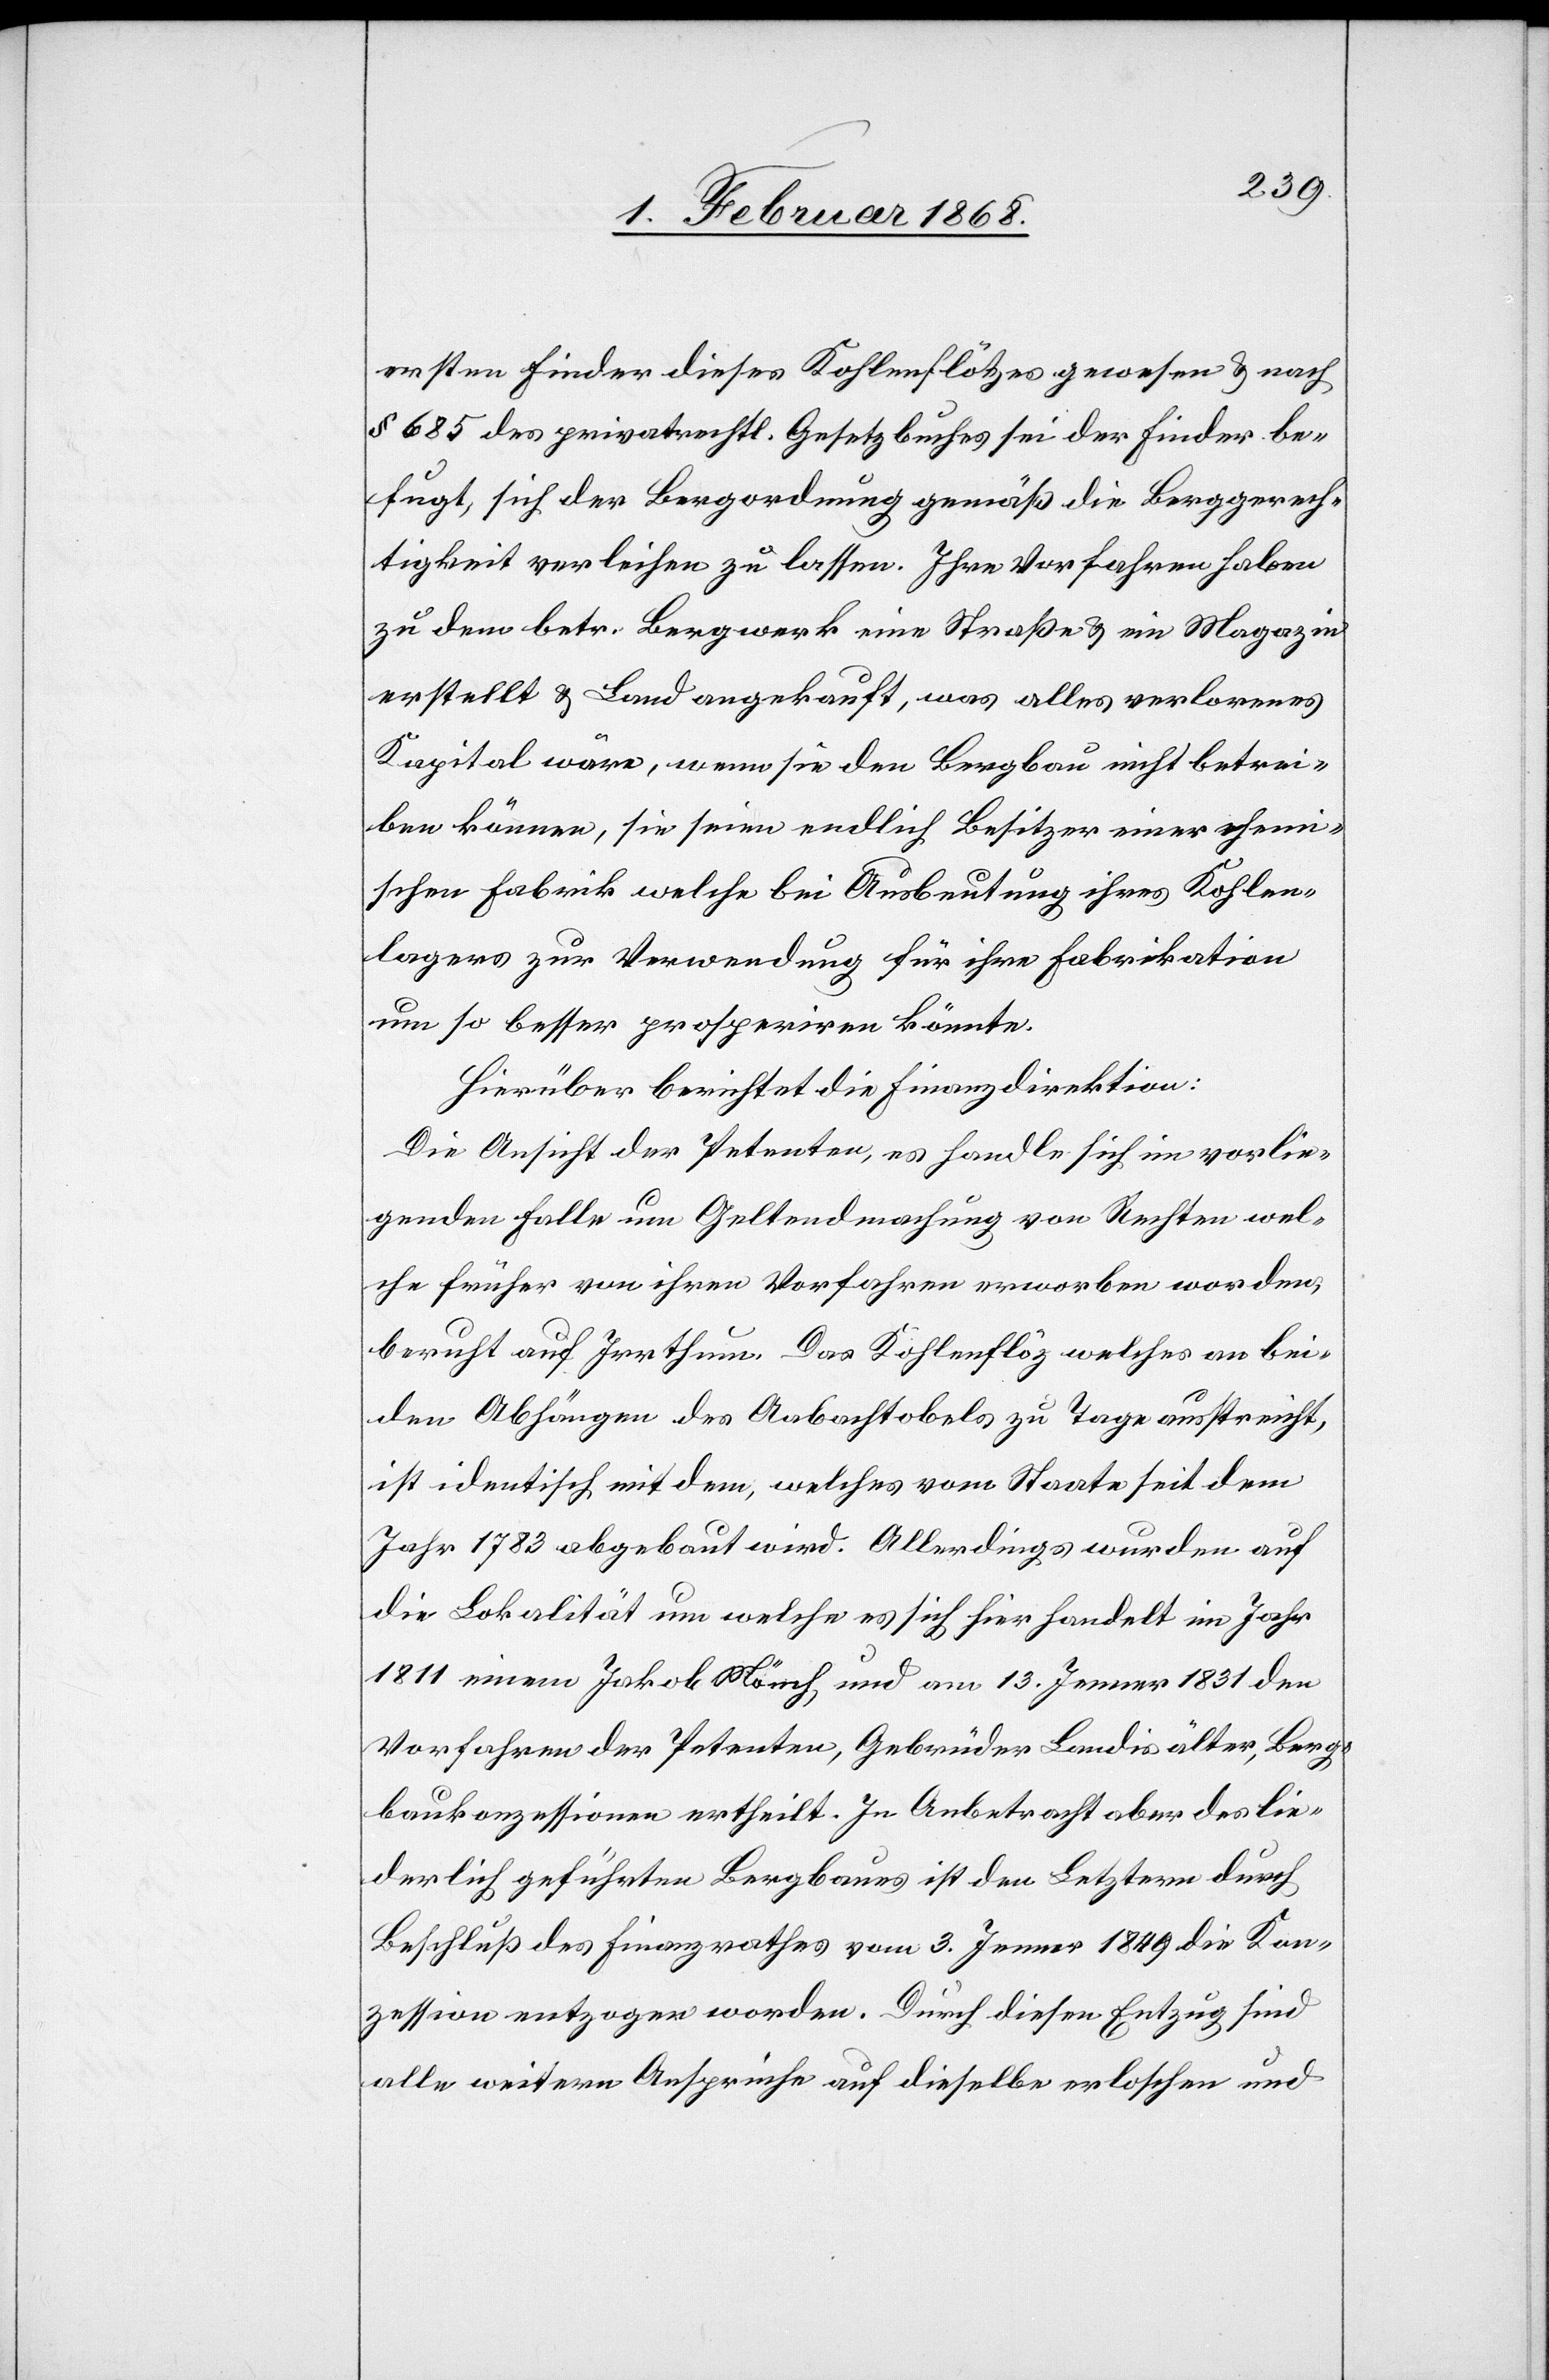
ersten Finder dieses Kohlenflötzes gewesen & nach
§ 685 des privatrechtl. Gesetzbuches sei der Finder be¬
fugt, sich der Bergordnung gemäß die Berggerech¬
tigkeit verleihen zu lassen. Ihre Vorfahren haben
zu dem betr. Bergwerk eine Straße & ein Magazin
erstellt & Land angekauft, was alles verlorenes
Kapital wäre, wenn sie den Bergbau nicht betrei¬
ben können, sie seien endlich Besitzer einer chemi¬
schen Fabrik welche bei Ausbeutung ihres Kohlen¬
lagers zur Verwendung für ihre Fabrikation
um so besser prosperiren könnte.
Hierüber berichtet die Finanzdirektion:
Die Ansicht der Petenten, es handle sich im vorlie¬
genden Falle um Geltendmachung von Rechten wel¬
che früher von ihren Vorfahren erworben worden,
beruht auf Irrthum. Das Kohlenflöz welches an bei¬
den Abhängen des Aabachtobels zu Tage ausstreicht,
ist identisch mit dem, welches vom Staate seit dem
Jahr 1783 abgebaut wird. Allerdings wurden auf
die Lokalität um welche es sich hier handelt im Jahr
1811 einem Jakob Mönch, und am 13. Jenner 1831 den
Vorfahren der Petenten, Gebrüder Landis älter, Berg¬
baukonzessionen ertheilt. In Anbetracht aber des lie¬
derlich geführten Bergbaues ist den Letztern durch
Beschluß des Finanzrathes vom 3. Jenner 1849 die Kon¬
zession entzogen worden. Durch diesen Entzug sind
alle weitern Ansprüche auf dieselbe erloschen und